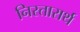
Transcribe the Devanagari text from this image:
निस्तारार्थ